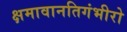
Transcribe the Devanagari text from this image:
क्षमावानतिगंभीरो